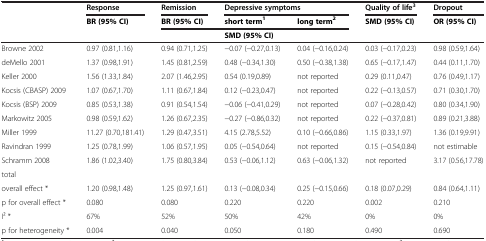
<table><thead><tr><td><b> </b></td><td><b>Response</b></td><td><b>Remission</b></td><td colspan="2"><b>Depressive symptoms</b></td><td><b>Quality of life<sup>3</sup></b></td><td><b>Dropout</b></td></tr></thead><tbody><tr><td> </td><td><b>BR (95% CI)</b></td><td><b>BR (95% CI)</b></td><td><b>short term</b><sup><b>1</b></sup></td><td><b>long term</b><sup><b>2</b></sup></td><td><b>SMD (95% CI)</b></td><td><b>OR (95% CI)</b></td></tr><tr><td> </td><td> </td><td> </td><td colspan="2"><b>SMD (95% CI)</b></td><td> </td><td> </td></tr><tr><td>Browne 2002</td><td>0.97 (0.81,1.16)</td><td>0.94 (0.71,1.25)</td><td>−0.07 (−0.27,0.13)</td><td>0.04 (−0.16,0.24)</td><td>0.03 (−0.17,0.23)</td><td>0.98 (0.59,1.64)</td></tr><tr><td>deMello 2001</td><td>1.37 (0.98,1.91)</td><td>1.45 (0.81,2.59)</td><td>0.48 (−0.34,1.30)</td><td>0.50 (−0.38,1.38)</td><td>0.65 (−0.17,1.47)</td><td>0.44 (0.11,1.70)</td></tr><tr><td>Keller 2000</td><td>1.56 (1.33,1.84)</td><td>2.07 (1.46,2.95)</td><td>0.54 (0.19,0.89)</td><td>not reported</td><td>0.29 (0.11,0.47)</td><td>0.76 (0.49,1.17)</td></tr><tr><td>Kocsis (CBASP) 2009</td><td>1.07 (0.67,1.70)</td><td>1.11 (0.67,1.84)</td><td>0.12 (−0.23,0.47)</td><td>not reported</td><td>0.22 (−0.13,0.57)</td><td>0.71 (0.30,1.70)</td></tr><tr><td>Kocsis (BSP) 2009</td><td>0.85 (0.53,1.38)</td><td>0.91 (0.54,1.54)</td><td>−0.06 (−0.41,0.29)</td><td>not reported</td><td>0.07 (−0.28,0.42)</td><td>0.80 (0.34,1.90)</td></tr><tr><td>Markowitz 2005</td><td>0.98 (0.59,1.62)</td><td>1.26 (0.67,2.35)</td><td>−0.27 (−0.86,0.32)</td><td>not reported</td><td>0.22 (−0.37,0.81)</td><td>0.89 (0.21,3.88)</td></tr><tr><td>Miller 1999</td><td>11.27 (0.70,181.41)</td><td>1.29 (0.47,3.51)</td><td>4.15 (2.78,5.52)</td><td>0.10 (−0.66,0.86)</td><td>1.15 (0.33,1.97)</td><td>1.36 (0.19,9.91)</td></tr><tr><td>Ravindran 1999</td><td>1.25 (0.78,1.99)</td><td>1.06 (0.57,1.95)</td><td>0.05 (−0.54,0.64)</td><td>not reported</td><td>0.15 (−0.54,0.84)</td><td>not estimable</td></tr><tr><td>Schramm 2008</td><td>1.86 (1.02,3.40)</td><td>1.75 (0.80,3.84)</td><td>0.53 (−0.06,1.12)</td><td>0.63 (−0.06,1.32)</td><td>not reported</td><td>3.17 (0.56,17.78)</td></tr><tr><td>total</td><td> </td><td> </td><td colspan="2"> </td><td> </td><td> </td></tr><tr><td>overall effect *</td><td>1.20 (0.98,1.48)</td><td>1.25 (0.97,1.61)</td><td>0.13 (−0.08,0.34)</td><td>0.25 (−0.15,0.66)</td><td>0.18 (0.07,0.29)</td><td>0.84 (0.64,1.11)</td></tr><tr><td>p for overall effect *</td><td>0.080</td><td>0.080</td><td>0.220</td><td>0.220</td><td>0.002</td><td>0.210</td></tr><tr><td>I2 *</td><td>67%</td><td>52%</td><td>50%</td><td>42%</td><td>0%</td><td>0%</td></tr><tr><td>p for heterogeneity *</td><td>0.004</td><td>0.040</td><td>0.050</td><td>0.180</td><td>0.490</td><td>0.690</td></tr></tbody></table>